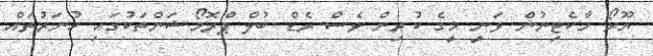
ޔޫރޯ މާކެޓިނުން ވަނީ މީގެ ކުރިން ވެސް ރެޑް ބުލް ޕްރޮމޯޝަންތަކުގައި ހުނަރުތައް